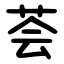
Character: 荟